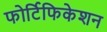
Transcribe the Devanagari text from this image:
फोर्टिफिकेशन